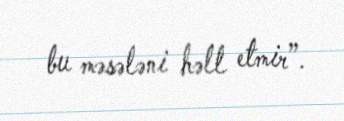
bu məsələni həll etmir”.